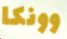
وونكا